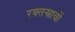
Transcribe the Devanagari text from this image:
रक्‍तस्रावों